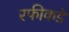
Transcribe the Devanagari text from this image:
रफीकडे